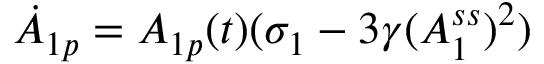
\dot { A } _ { 1 p } = A _ { 1 p } ( t ) ( \sigma _ { 1 } - 3 \gamma ( A _ { 1 } ^ { s s } ) ^ { 2 } )